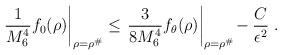
LaTeX: \begin{align*}\left.\frac{1}{M_6^4} f_0(\rho)\right|_{\rho=\rho^\#}\leq \left.\frac{3}{8M_6^4} f_\theta(\rho)\right|_{\rho=\rho^\#}\!-\frac{C}{\epsilon^2}\ .\end{align*}